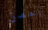
احصل